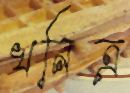
খনিত্র